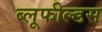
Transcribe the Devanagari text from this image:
ब्लूफील्डस